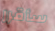
سأقرر